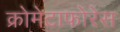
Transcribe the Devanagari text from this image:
क्रोमेटाफोरेस